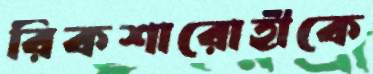
রিকশারোহীকে